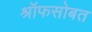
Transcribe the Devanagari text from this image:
श्रॉफसोबत